画像に写った文字を読んでください
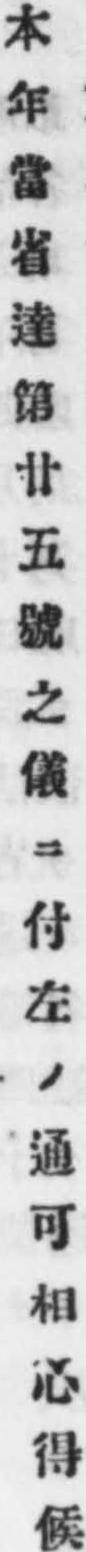
「本年當省達第廿五號之儀ニ付左ノ通可相心得候」と書いてあります